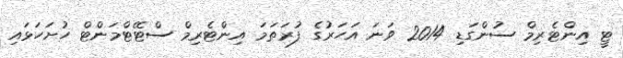
ޓީ އިންޓެރިމް ސުންގަޑި 2014 ވަނަ އަހަރުގެ ފުރަތަމަ އިންޓެރިމް ސްޓޭޓްމަންޓް ހުށަހަޅައި